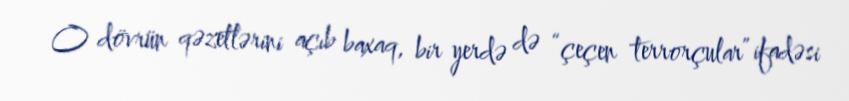
O dövrün qəzetlərini açıb baxaq, bir yerdə də “çeçen terrorçular” ifadəsi